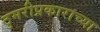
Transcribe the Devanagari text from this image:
ठुमरीप्रकाराच्या